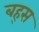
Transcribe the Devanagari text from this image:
बह्स